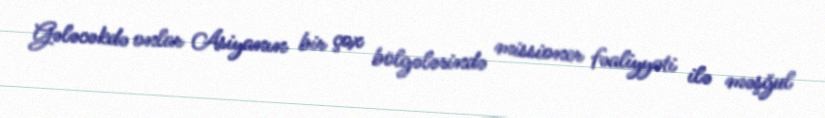
Gələcəkdə onlar Asiyanın bir çox bölgələrində missioner fəaliyyəti ilə məşğul